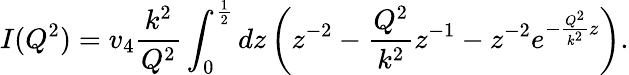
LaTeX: I(Q^{2})=v_{4}\frac{k^{2}}{Q^{2}}\int_{0}^{\frac{1}{2}}dz\left(z^{-2}-\frac{Q^{2}}{k^{2}}z^{-1}-z^{-2}e^{-\frac{Q^{2}}{k^{2}}z}\right).